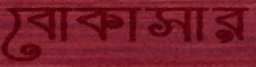
বোকাসার